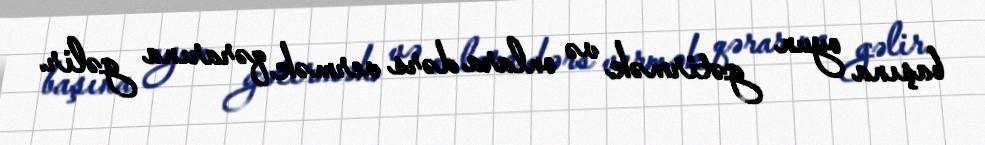
başına oyun gətirmək və onlara dərs vermək qərarına gəlir.